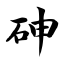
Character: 砷